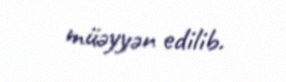
müəyyən edilib.